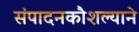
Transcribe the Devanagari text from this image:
संपादनकौशल्याने